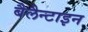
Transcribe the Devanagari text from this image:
बैलैन्टाइन